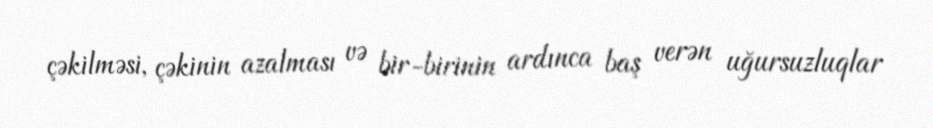
çəkilməsi, çəkinin azalması və bir-birinin ardınca baş verən uğursuzluqlar